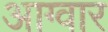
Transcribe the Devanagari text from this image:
आग्वार